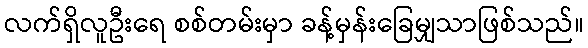
လက်ရှိလူဦးရေ စစ်တမ်းမှာ ခန့်မှန်းခြေမျှသာဖြစ်သည်။